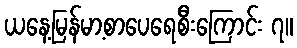
ယနေ့မြန်မာ့စာပေရေစီးကြောင်း ၇။